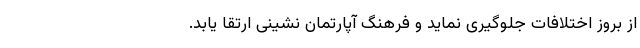
از بروز اختلافات جلوگیری نماید و فرهنگ آپارتمان نشینی ارتقا یابد.